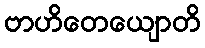
ဗာဟိတေယျောတိ